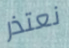
نعتذر